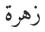
زهرة